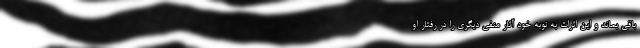
باقي بماند و اين اثرات به نوبه خود آثار منفی ديگري را در رفتار او